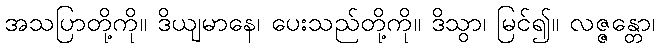
အသပြာတို့ကို။ ဒိယျမာနေ၊ ပေးသည်တို့ကို။ ဒိသွာ၊ မြင်၍။ လဇ္ဇန္တော၊